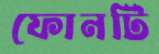
ফোনটি